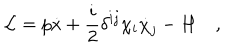
{ \cal L } = p \dot { x } + { \frac { i } { 2 } } \delta ^ { i j } \chi _ { i } \dot { \chi } _ { j } - H \quad ,